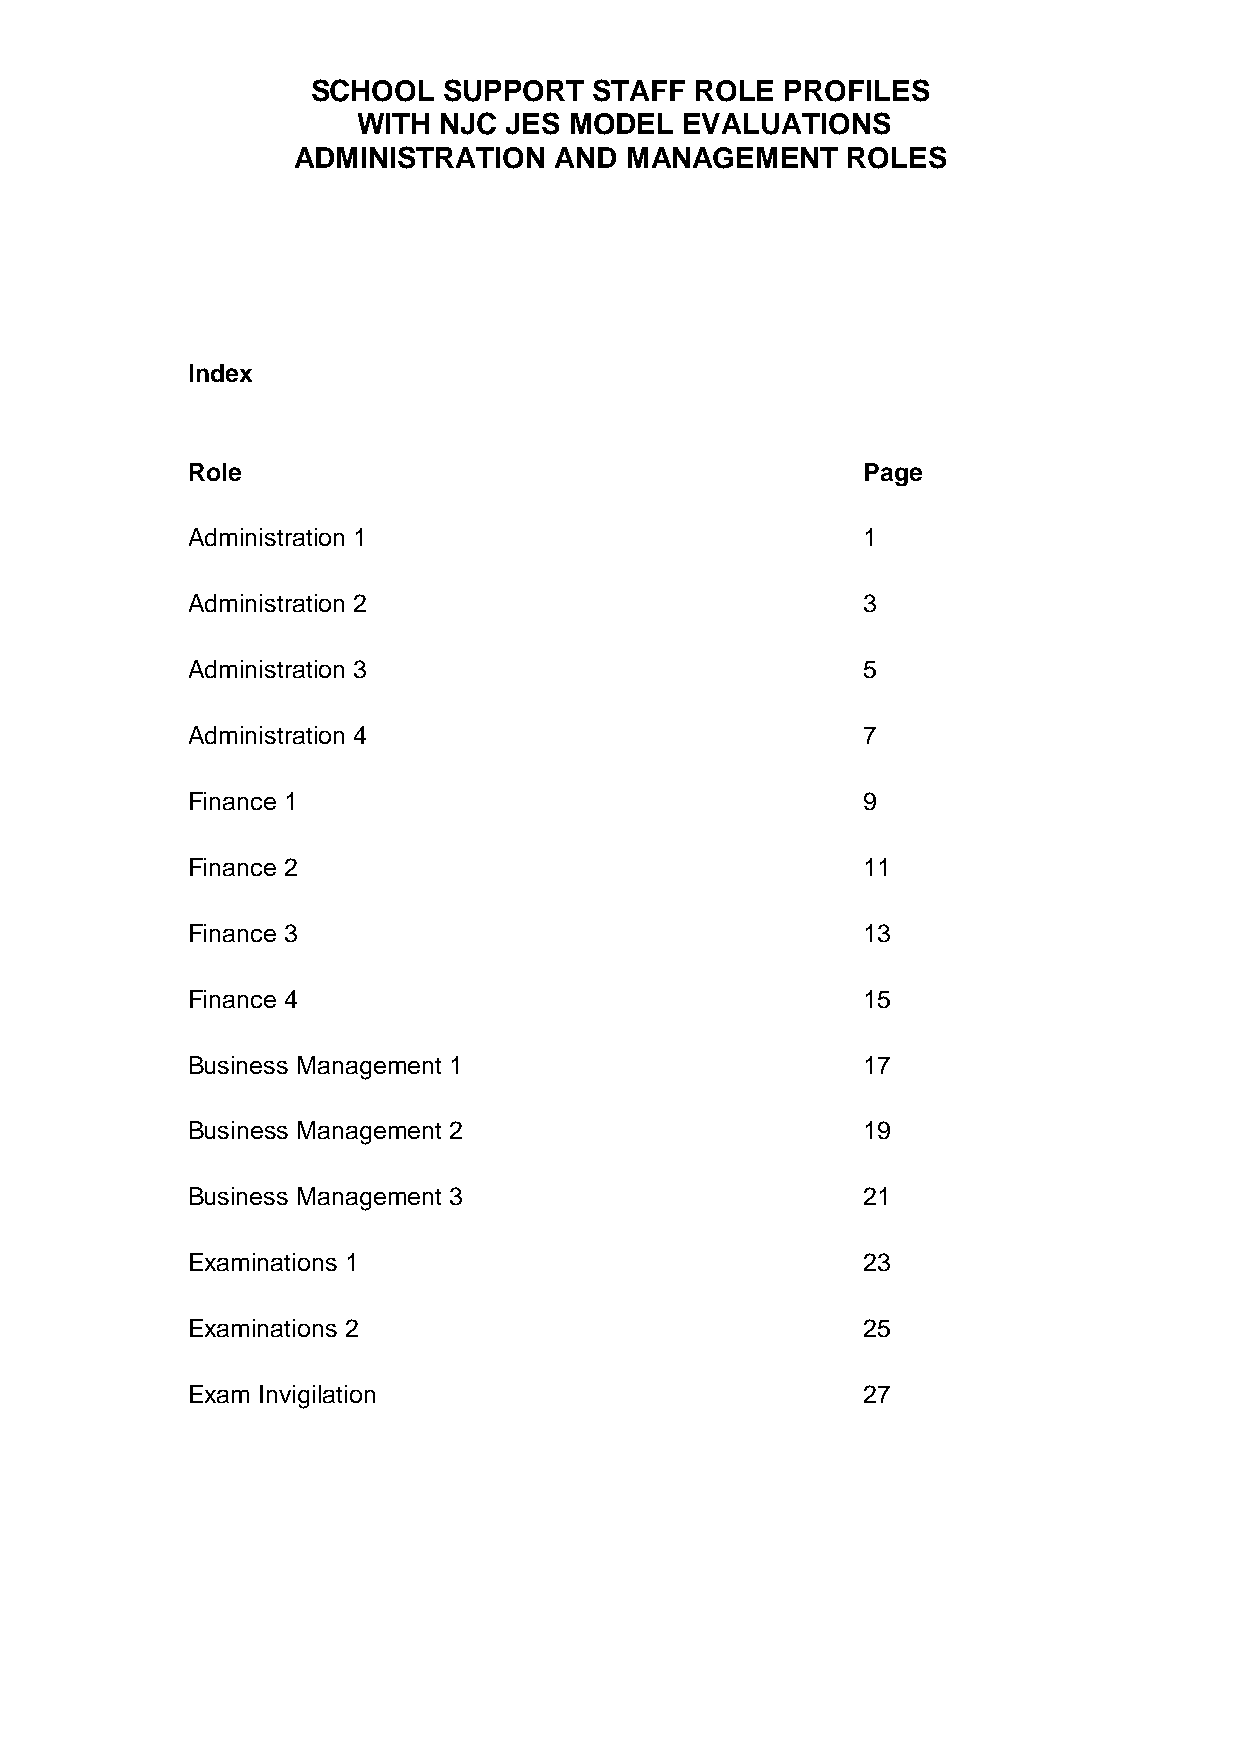
SCHOOL  SUPPORT   STAFF  ROLE  PROFILES
 WITH NJC JES  MODEL  EVALUATIONS
 ADMINISTRATION    AND MANAGEMENT     ROLES
 Index
 Role                                         Page
 Administration 1                             1
 Administration 2                             3
 Administration 3                             5
 Administration 4                             7
 Finance 1                                    9
 Finance 2                                    11
 Finance 3                                    13
 Finance 4                                    15
 Business Management 1                        17
 Business Management 2                        19
 Business Management 3                        21
 Examinations 1                               23
 Examinations 2                               25
 Exam Invigilation                            27